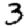
Digit: 3